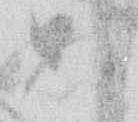
あ